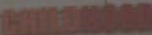
CHILDHOOD